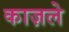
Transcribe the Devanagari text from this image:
काज़ले